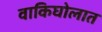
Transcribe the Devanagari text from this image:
वाकिघोलात